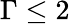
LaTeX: \Gamma\le 2